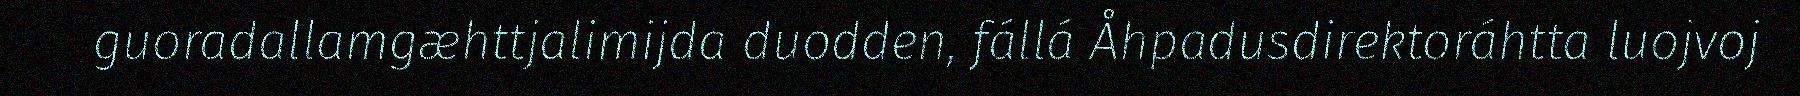
guoradallamgæhttjalimijda duodden, fállá Åhpadusdirektoráhtta luojvoj